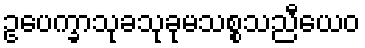
ဥပေက္ခာသုခသုခုမသစ္စသညီယေဝ